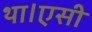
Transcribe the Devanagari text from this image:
था।एसी